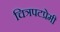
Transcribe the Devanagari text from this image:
चित्रपटप्रेमी